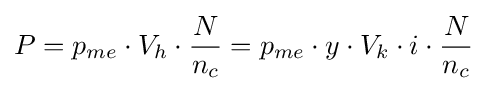
P=p_{me}\cdot V_{h}\cdot {N \over n_{c}}=p_{me}\cdot y\cdot V_{k}\cdot i\cdot {N \over n_{c}}